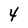
Character: 4